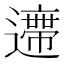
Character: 𨘛